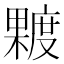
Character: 𪳿